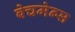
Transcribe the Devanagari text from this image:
बेचमेन्स